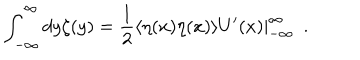
\int _ { - \infty } ^ { \infty } d y \zeta ( y ) = \frac { 1 } { 2 } \langle \eta ( x ) \eta ( x ) \rangle U ^ { \prime } ( x ) | _ { - \infty } ^ { \infty } \ \ .